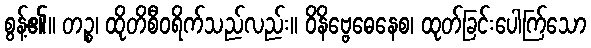
စွန့်၏။ တဉ္စ၊ ထိုတိစီဝရိက်သည်လည်း။ ဝိနိဗ္ဗေဓေနေစ၊ ထုတ်ခြင်းပေါက်ြသော